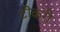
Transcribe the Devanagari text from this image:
टॊकरी